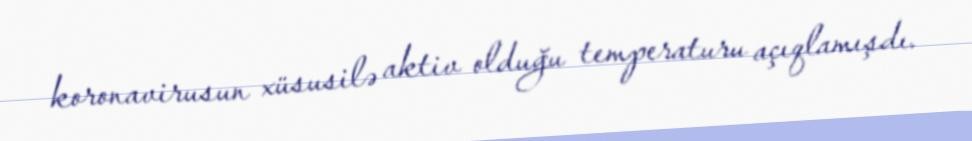
koronavirusun xüsusilə aktiv olduğu temperaturu açıqlamışdı.